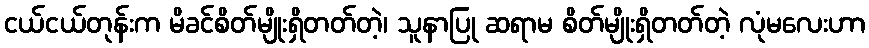
ငယ်ငယ်တုန်းက မိခင်စိတ်မျိုးရှိတတ်တဲ့၊ သူနာပြု ဆရာမ စိတ်မျိုးရှိတတ်တဲ့ လုံမလေးဟာ